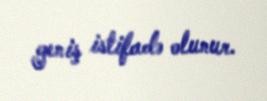
geniş istifadə olunur.